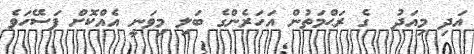
އަދި މިއަދު  ގެ ރަޙްމަތުން އަހަރެންގެ ބަލި މިވަނީ އެއްކޮށް ފަސޭހަވެ